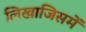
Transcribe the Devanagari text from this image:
लिखाजिसमें